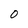
Character: O